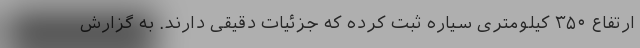
ارتفاع ۳۵۰ کیلومتری سیاره ثبت کرده که جزئیات دقیقی دارند. به گزارش